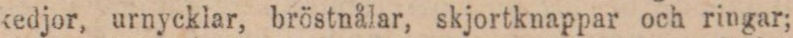
kedjor, urnycklar, bröstnålar, skjortknappar och ringar;